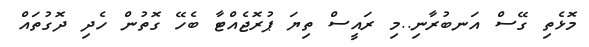
މޮޅެތި ގޭސް އަނބުރާނި..މި ރައީސް ތިޔަ ޕުރޮޖެއްޓާ ބެހޭ ގޮތުން ހެދި ދޮގުތައް